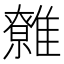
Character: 䨅